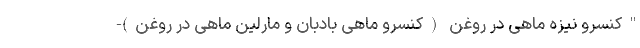
"کنسرو نیزه ماهی در روغن (کنسرو ماهی بادبان و مارلین ماهی در روغن)-